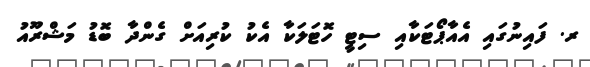
ރ. ފައިނުގައި އެއާޕޯޓަކާއި ސިޓީ ހޮޓަލަކާ އެކު ކުރިއަށް ގެންދާ ބޮޑު މަޝްރޫއު